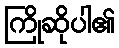
ကြိုဆိုပါ၏